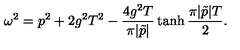
\omega ^ { 2 } = p ^ { 2 } + 2 g ^ { 2 } T ^ { 2 } - { \frac { 4 g ^ { 2 } T } { \pi | \tilde { p } | } } \tanh { \frac { \pi | \tilde { p } | T } { 2 } } .